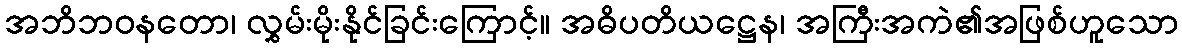
အဘိဘဝနတော၊ လွှမ်းမိုးနိုင်ခြင်းကြောင့်။ အဓိပတိယဋ္ဌေန၊ အကြီးအကဲ၏အဖြစ်ဟူသော